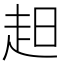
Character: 𧺝